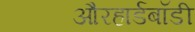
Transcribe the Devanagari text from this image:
औरहार्डबॉडी